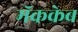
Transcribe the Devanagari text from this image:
मॅककेब